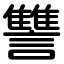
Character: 讐